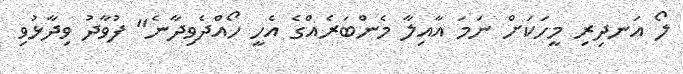
ލޯ އަނދިރި މީހަކަށް ނަމަ އާއިލާ މެންބަރެއްގެ އެހީ ހޯއްދެވިދާނެ" ފުވާދު ވިދާޅުވި